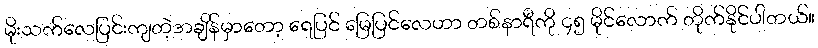
မိုးသက်လေပြင်းကျတဲ့အချိန်မှာတော့ ရေပြင် မြေပြင်လေဟာ တစ်နာရီကို ၄၅ မိုင်လောက် တိုက်နိုင်ပါတယ်။